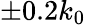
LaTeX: \pm 0.2k_{0}